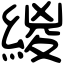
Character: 緵